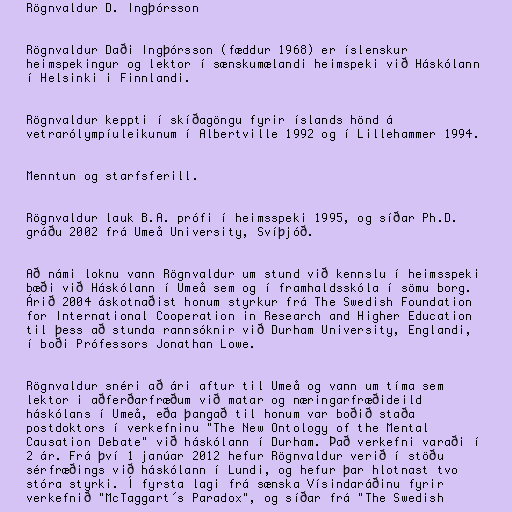
Rögnvaldur D. Ingþórsson

Rögnvaldur Daði Ingþórsson (fæddur 1968) er íslenskur
heimspekingur og lektor í sænskumælandi heimspeki við Háskólann
í Helsinki i Finnlandi.

Rögnvaldur keppti í skíðagöngu fyrir íslands hönd á
vetrarólympíuleikunum í Albertville 1992 og í Lillehammer 1994.

Menntun og starfsferill.

Rögnvaldur lauk B.A. prófi í heimsspeki 1995, og síðar Ph.D.
gráðu 2002 frá Umeå University, Svíþjóð.

Að námi loknu vann Rögnvaldur um stund við kennslu í heimsspeki
bæði við Háskólann í Umeå sem og í framhaldsskóla í sömu borg.
Árið 2004 áskotnaðist honum styrkur frá The Swedish Foundation
for International Cooperation in Research and Higher Education
til þess að stunda rannsóknir við Durham University, Englandi,
í boði Prófessors Jonathan Lowe.

Rögnvaldur snéri að ári aftur til Umeå og vann um tíma sem
lektor i aðferðarfræðum við matar og næringarfræðideild
háskólans í Umeå, eða þangað til honum var boðið staða
postdoktors í verkefninu "The New Ontology of the Mental
Causation Debate" við háskólann í Durham. Það verkefni varaði í
2 ár. Frá því 1 janúar 2012 hefur Rögnvaldur verið í stöðu
sérfræðings við háskólann í Lundi, og hefur þar hlotnast tvo
stóra styrki. Í fyrsta lagi frá sænska Vísindaráðinu fyrir
verkefnið "McTaggart´s Paradox", og síðar frá "The Swedish